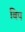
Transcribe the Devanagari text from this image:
बिप